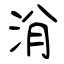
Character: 洕